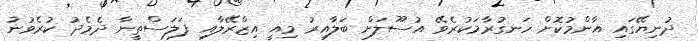
ދުނިޔޭގައި އާންމުކޮށް ހަނގުރާމަކުރެވޭ އުސޫލަށް ބަލާއިރު މިއީ އިޒްރޭލާއި ފަލަސްތީނާ ދެމެދު ކުރެވުނު